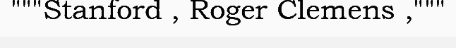
"""Stanford , Roger Clemens ,"""